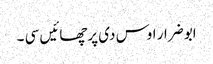
ابو ضرار اوس دی پرچھائیں سی ۔